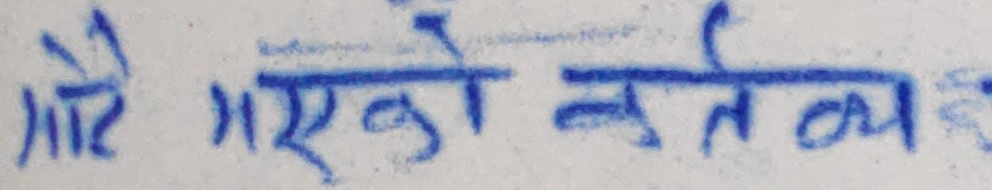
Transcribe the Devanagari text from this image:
गरे गएको कर्तव्य